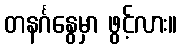
တနင်္ဂနွေမှာ ဖွင့်လား။